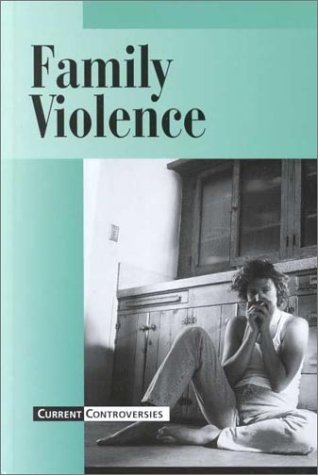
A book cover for Current Controversies - Family Violence (hardcover edition); J. D. Lloyd; Teen & Young Adult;